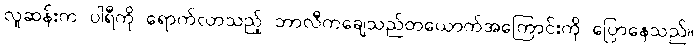
လူဆန်းက ပါရီကို ရောက်လာသည့် ဘာလီကချေသည်တယောက်အကြောင်းကို ပြောနေသည်။